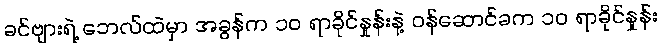
ခင်ဗျားရဲ့ ဘေလ်ထဲမှာ အခွန်က ၁၀ ရာခိုင်နှုန်းနဲ့ ဝန်ဆောင်ခက ၁၀ ရာခိုင်နှုန်း